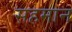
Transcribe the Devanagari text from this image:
सहमान